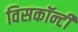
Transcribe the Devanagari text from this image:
विसकॉन्टी